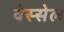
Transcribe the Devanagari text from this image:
वेस्सेल